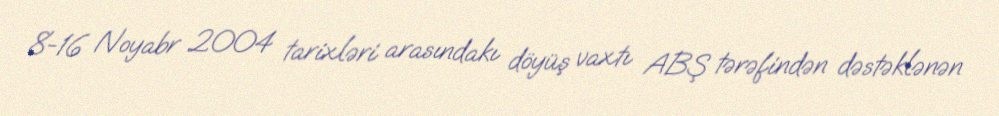
8-16 Noyabr 2004 tarixləri arasındakı döyüş vaxtı ABŞ tərəfindən dəstəklənən